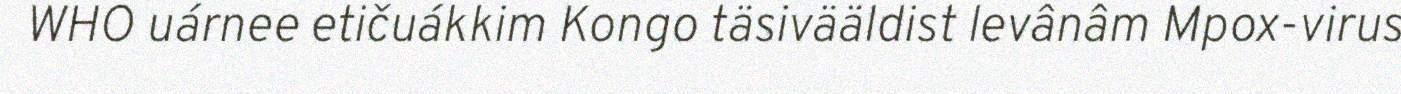
WHO uárnee etičuákkim Kongo täsivääldist levânâm Mpox-virus